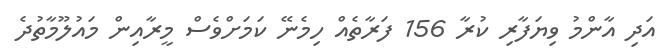
އަދި އާންމު ވިޔަފާރި ކުރާ 156 ފަރާތެއް ހިމެނޭ ކަމަށްވެސް މީރާއިން މައުލޫމާތުދެ